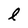
Character: l